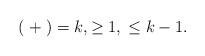
LaTeX: \begin{align*} ( \;+\; ) = k,\geq 1,\; \leq k-1.\end{align*}